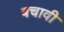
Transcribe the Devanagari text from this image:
बचावी